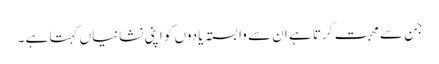
جن سے محبت کرتا ہے ان سے وابستہ یادوں کو اپنی نشانیاں کہتا ہے ۔